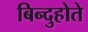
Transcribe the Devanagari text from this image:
बिन्दुहोते